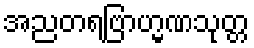
အညတရဗြာဟ္မဏသုတ္တ